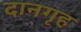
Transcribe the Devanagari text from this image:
दानगृह